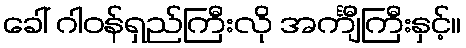
ခေါ် ဂါဝန်ရှည်ကြီးလို အင်္ကျီကြီးနှင့်။